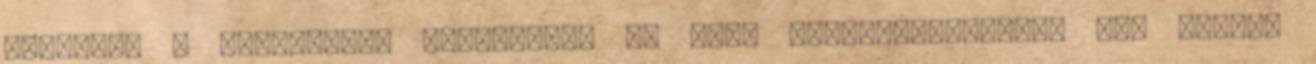
ilyenkor a szekrények belsejében az őszi nagytakarításkor már rendet